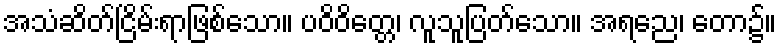
အသံဆိတ်ငြိမ်းရာဖြစ်သော။ ပဝိဝိတ္တေ၊ လူသူပြတ်သော။ အရညေ၊ တော၌။